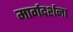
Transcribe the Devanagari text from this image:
मार्गदर्शना